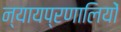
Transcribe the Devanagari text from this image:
न्यायप्रणालियों